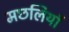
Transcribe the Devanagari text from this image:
मछलियाॅ